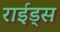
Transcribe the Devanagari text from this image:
राईड्स